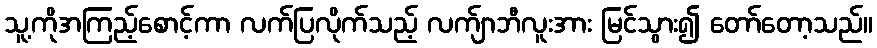
သူ့ကိုအကြည့်စောင့်ကာ လက်ပြလိုက်သည့် လက်ျာဘီလူးအား မြင်သွား၍ တော်တော့သည်။